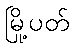
မြို့ပတ်